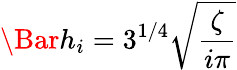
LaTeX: \Bar{h}_{i}=3^{1/4}\sqrt{\frac{\zeta}{i\pi}}